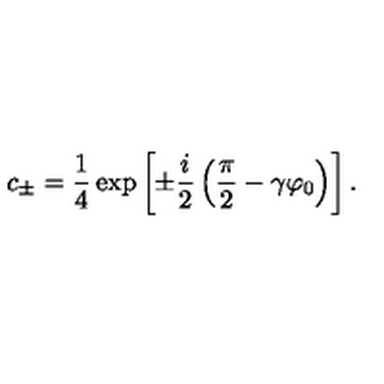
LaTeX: c _ { \pm } = \frac 1 4 \exp \left[ \pm \frac { i } { 2 } \left( \frac { \pi } { 2 } - \gamma \varphi _ { 0 } \right) \right] .